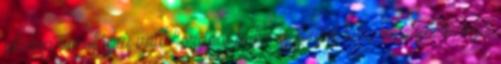
utcára vonulásra való "ördögi felhívás súlyos bűn, amelynek célja